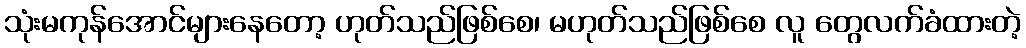
သုံးမကုန်အောင်များနေတော့ ဟုတ်သည်ဖြစ်စေ၊ မဟုတ်သည်ဖြစ်စေ လူ တွေလက်ခံထားတဲ့